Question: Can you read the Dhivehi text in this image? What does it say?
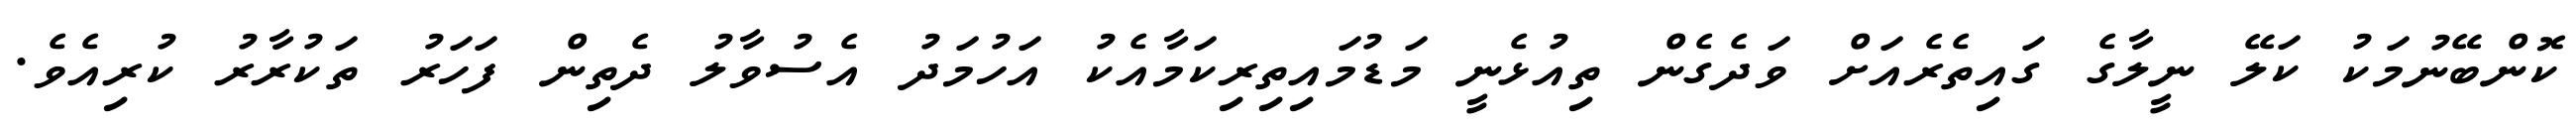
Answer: ކޮންބޭނުމަކު ކަލޭ ނީލާގެ ގައިތެރެއަށް ވަދެގެން ތިއުޅެނީ މަޑުމައިތިރިކަމާއެކު އަހުމަދު އެސުވާލު ދެތިން ފަހަރު ތަކުރާރު ކުރިއެވެ.